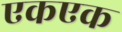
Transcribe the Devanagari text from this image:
एकएक